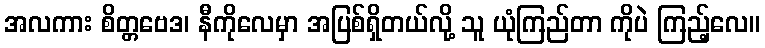
အလကား စိတ္တဗေဒ၊ နီကိုလေမှာ အပြစ်ရှိတယ်လို့ သူ ယုံကြည်တာ ကိုပဲ ကြည့်လေ။